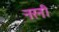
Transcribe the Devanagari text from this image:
नरनी